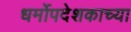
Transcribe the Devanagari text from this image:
धर्मोपदेशकाच्या